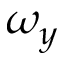
\omega _ { y }